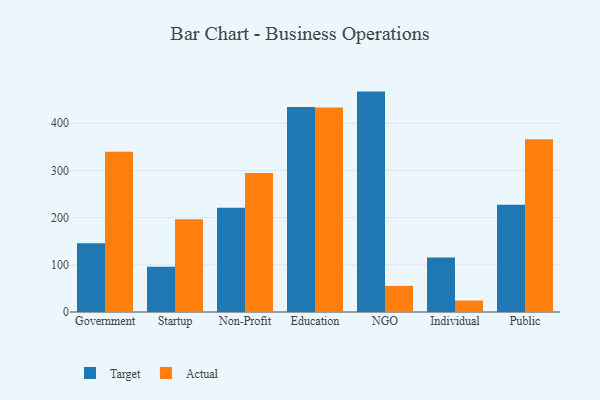
{"axis": {"x": "Segment", "y": "Tickets Resolved"}, "legend": ["Actual", "Target"], "data": [{"x": "Government", "y": 145.5, "type": "Target"}, {"x": "Government", "y": 339.5, "type": "Actual"}, {"x": "Startup", "y": 96.1, "type": "Target"}, {"x": "Startup", "y": 196.7, "type": "Actual"}, {"x": "Non-Profit", "y": 220.7, "type": "Target"}, {"x": "Non-Profit", "y": 294.4, "type": "Actual"}, {"x": "Education", "y": 434.3, "type": "Target"}, {"x": "Education", "y": 433.6, "type": "Actual"}, {"x": "NGO", "y": 467.1, "type": "Target"}, {"x": "NGO", "y": 55.3, "type": "Actual"}, {"x": "Individual", "y": 115.3, "type": "Target"}, {"x": "Individual", "y": 24.3, "type": "Actual"}, {"x": "Public", "y": 227.3, "type": "Target"}, {"x": "Public", "y": 366.2, "type": "Actual"}]}